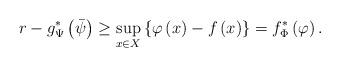
LaTeX: \begin{align*}r-g^{*}_\Psi\left(\bar{\psi}\right) & \geq\sup_{x\in X} \left\{\varphi\left(x\right)-f\left(x\right)\right\}= f^{*}_\Phi \left(\varphi\right).\end{align*}